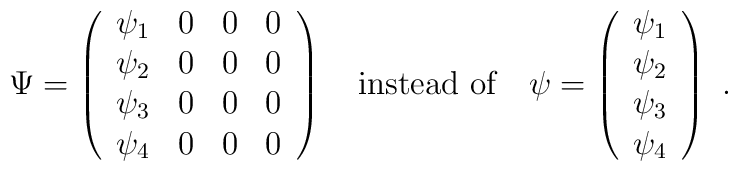
\Psi = \left( \begin{array}{cccc} \psi_1 & 0 & 0 & 0 \\                                     \psi_2 & 0 & 0 & 0 \\                                     \psi_3 & 0 & 0 & 0 \\                                     \psi_4 & 0 & 0 & 0           \end{array} \right)~~~\mbox{instead of}~~~      \psi = \left( \begin{array}{c} \psi_1 \\                                     \psi_2 \\                                     \psi_3 \\                                     \psi_4            \end{array} \right)~.